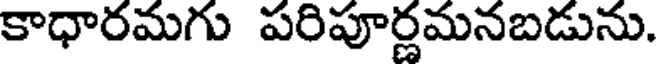
కాధారమగు పరిపూర్ణమనబడును.